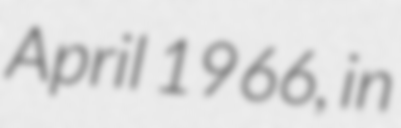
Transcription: April 1966, in